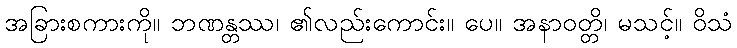
အခြားစကားကို။ ဘဏန္တဿ၊ ၏လည်းကောင်း။ ပေ။ အနာဝတ္တိ၊ မသင့်။ ဝိသံ